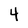
Character: 4